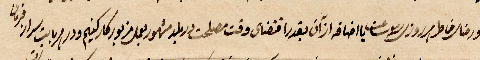
ورضا خاطر ...يا إضافة آزان بقدر اقتضاى وقت مصلحت دربلد مشهور بعمل مزبور كاركنيم ....